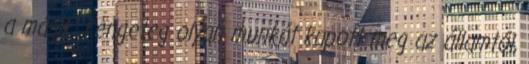
a másik: rengeteg olyan munkát kapott meg az államtól,